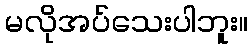
မလိုအပ်သေးပါဘူး။